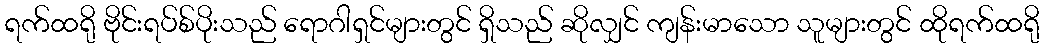
ရက်ထရို ဗိုင်းရပ်စ်ပိုးသည် ရောဂါရှင်များတွင် ရှိသည် ဆိုလျှင် ကျန်းမာသော သူများတွင် ထိုရက်ထရို